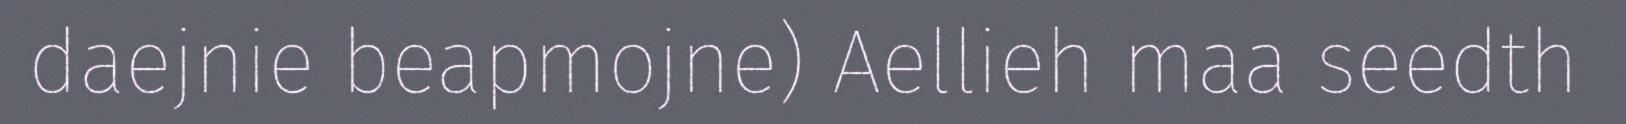
daejnie beapmojne) Aellieh maa seedth